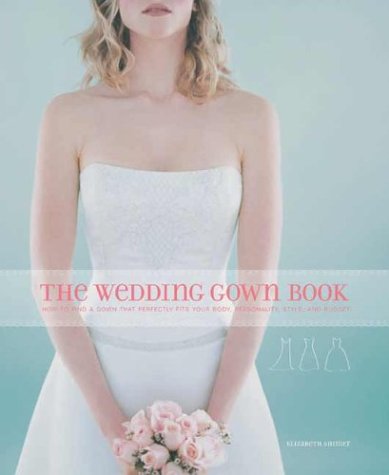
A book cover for The Wedding Gown Book: How to Find a Gown That Perfectly Fits Your Body, Personality, Style, and Budget; Elizabeth Shimer; Crafts, Hobbies & Home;